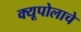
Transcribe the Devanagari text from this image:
क्यूपोलाचे